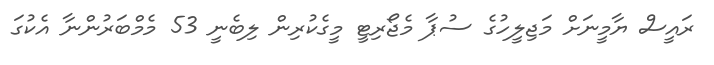
ރައީސް ޔާމީނަށް މަޖިލީހުގެ ސުޕާ މެޖޯރިޓީ މީގެކުރިން ލިބެނީ 53 މެމްބަރުންނާ އެކުގަ